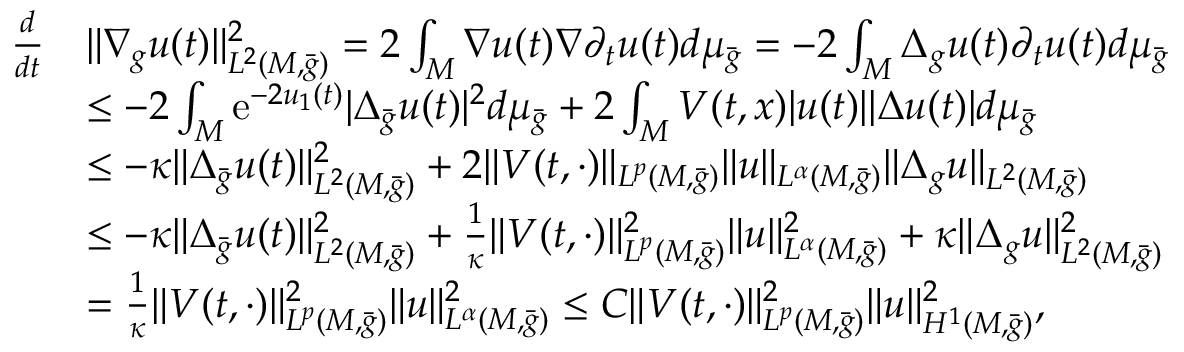
\begin{array} { r l } { \frac { d } { d t } } & { \| \nabla _ { g } u ( t ) \| _ { L ^ { 2 } ( M , \bar { g } ) } ^ { 2 } = 2 \int _ { M } \nabla u ( t ) \nabla \partial _ { t } u ( t ) d \mu _ { \bar { g } } = - 2 \int _ { M } \Delta _ { g } u ( t ) \partial _ { t } u ( t ) d \mu _ { \bar { g } } } \\ & { \le - 2 \int _ { M } \mathrm { e } ^ { - 2 u _ { 1 } ( t ) } | \Delta _ { \bar { g } } u ( t ) | ^ { 2 } d \mu _ { \bar { g } } + 2 \int _ { M } V ( t , x ) | u ( t ) | | \Delta u ( t ) | d \mu _ { \bar { g } } } \\ & { \le - \kappa \| \Delta _ { \bar { g } } u ( t ) \| _ { L ^ { 2 } ( M , \bar { g } ) } ^ { 2 } + 2 \| V ( t , \cdot ) \| _ { L ^ { p } ( M , \bar { g } ) } \| u \| _ { L ^ { \alpha } ( M , \bar { g } ) } \| \Delta _ { g } u \| _ { L ^ { 2 } ( M , \bar { g } ) } } \\ & { \le - \kappa \| \Delta _ { \bar { g } } u ( t ) \| _ { L ^ { 2 } ( M , \bar { g } ) } ^ { 2 } + \frac { 1 } { \kappa } \| V ( t , \cdot ) \| _ { L ^ { p } ( M , \bar { g } ) } ^ { 2 } \| u \| _ { L ^ { \alpha } ( M , \bar { g } ) } ^ { 2 } + \kappa \| \Delta _ { g } u \| _ { L ^ { 2 } ( M , \bar { g } ) } ^ { 2 } } \\ & { = \frac { 1 } { \kappa } \| V ( t , \cdot ) \| _ { L ^ { p } ( M , \bar { g } ) } ^ { 2 } \| u \| _ { L ^ { \alpha } ( M , \bar { g } ) } ^ { 2 } \le C \| V ( t , \cdot ) \| _ { L ^ { p } ( M , \bar { g } ) } ^ { 2 } \| u \| _ { H ^ { 1 } ( M , \bar { g } ) } ^ { 2 } , } \end{array}